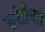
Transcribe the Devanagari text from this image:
संतोषा।